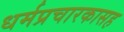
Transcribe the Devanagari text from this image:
धर्मप्रचारकासह